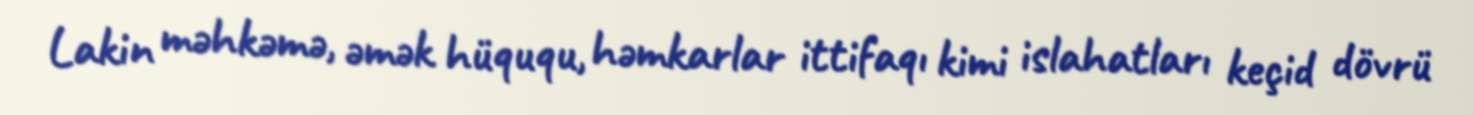
Lakin məhkəmə, əmək hüququ, həmkarlar ittifaqı kimi islahatları keçid dövrü